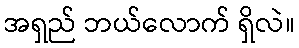
အရှည် ဘယ်လောက် ရှိလဲ။